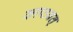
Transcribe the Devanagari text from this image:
काष्ठवत्